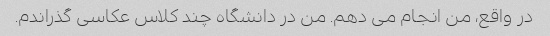
در واقع، من انجام می دهم. من در دانشگاه چند کلاس عکاسی گذراندم.